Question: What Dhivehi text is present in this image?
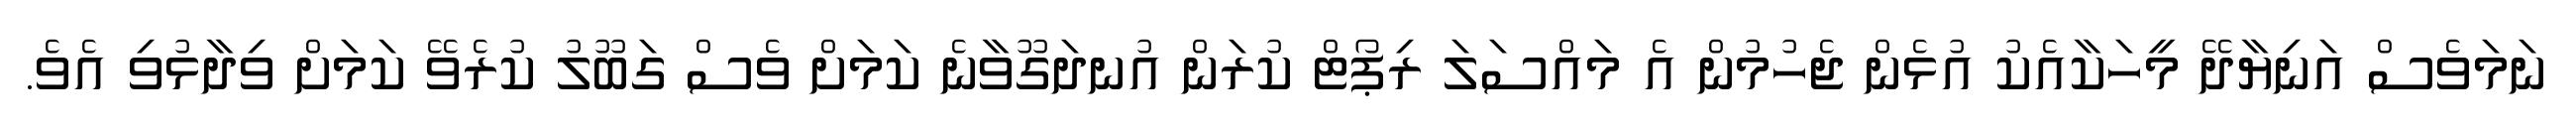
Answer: ނަމަވެސް އަނިޔާދޭ މީހަކާއެކު އުޅެން ޖެހުމުން އެ މައްސަލަ ރިޕޯޓް ކުރަން އުނދަގޫވާނެ ކަމަށް ވެސް ގަބޫލު ކުރެވޭ ކަމަށް ވިދާޅުވި އެވެ.